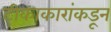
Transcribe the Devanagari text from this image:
टीकाकारांकडून